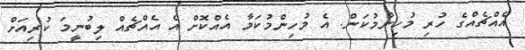
އެއްޗެއްގެ ހުރި މުހިންމުކަން. އެ މުހިންމުކަމާ އެއްކޮށް އެ އެއްޗެއް ލިބުނީމަ ކުރިއަށް